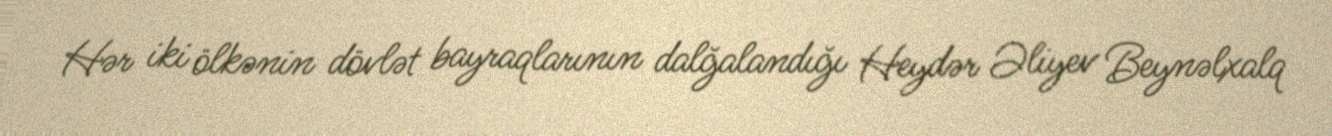
Hər iki ölkənin dövlət bayraqlarının dalğalandığı Heydər Əliyev Beynəlxalq